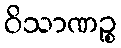
ဝိသာဏဉ္စ